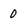
Character: 0